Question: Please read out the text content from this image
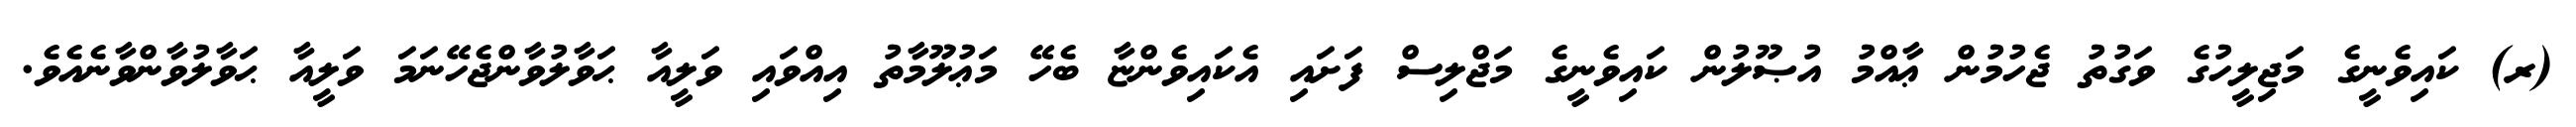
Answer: (ރ) ކައިވެނީގެ މަޖިލީހުގެ ވަގުތު ޖެހުމުން ޢާއްމު އުޞޫލުން ކައިވެނީގެ މަޖްލިސް ފަށައި އެކައިވެންޏާ ބެހޭ މަޢުލޫމާތު އިއްވައި ވަލީއާ ޙަވާލުވާންޖެހޭނަމަ ވަލީއާ ޙަވާލުވާންވާނެއެވެ.